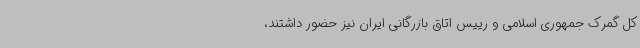
کل گمرک جمهوری اسلامی و رییس اتاق بازرگانی ایران نیز حضور داشتند،